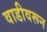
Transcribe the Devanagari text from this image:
वाडीवरून